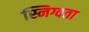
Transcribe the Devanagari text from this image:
स्निग्वता